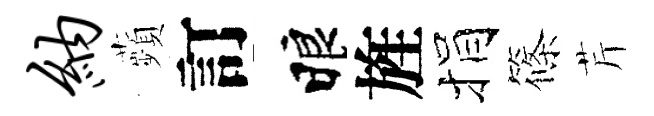
纳蘋訂睱旌捐篠芹